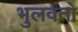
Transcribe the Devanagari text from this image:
भुलवतो